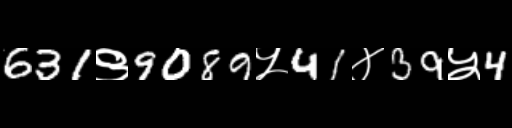
Text: 631९9089५41४39५4